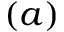
( a )